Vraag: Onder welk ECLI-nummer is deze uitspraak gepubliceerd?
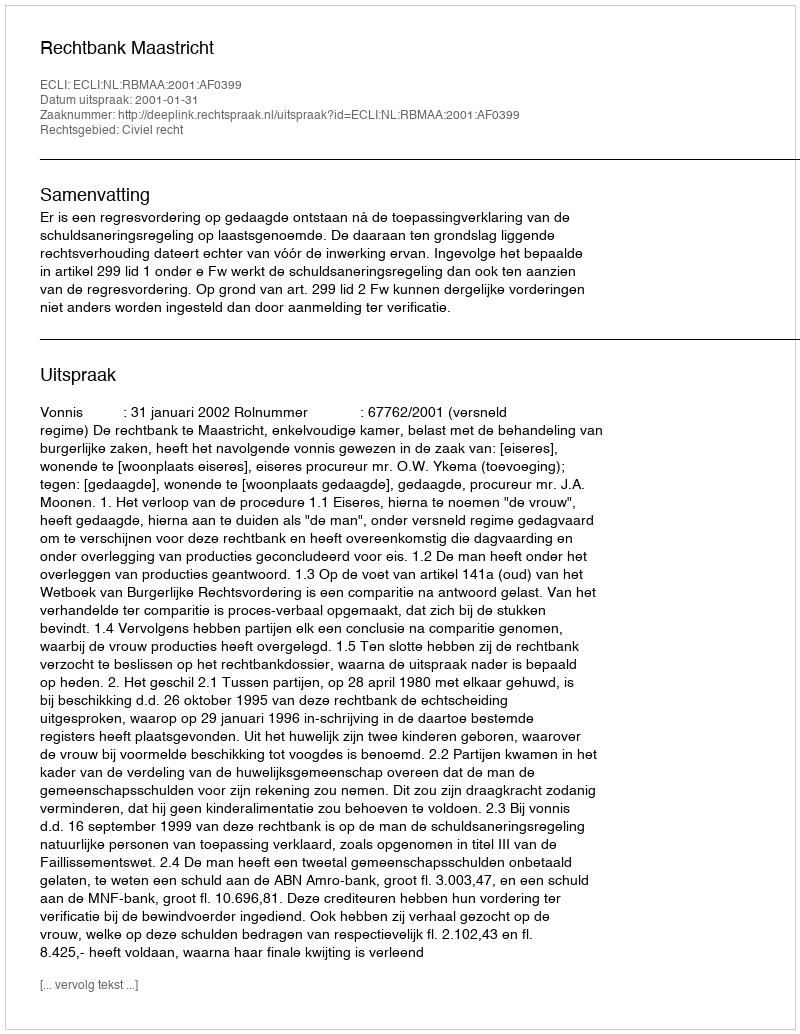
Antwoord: ECLI:NL:RBMAA:2001:AF0399